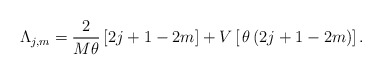
\begin{align*}\Lambda_{j,m} = \frac{2}{M \theta} \left[ 2j+1-2m \right]+ V \left[ \,\theta \, (2j+1-2m)\right].\end{align*}